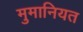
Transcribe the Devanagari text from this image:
मुमानियत